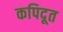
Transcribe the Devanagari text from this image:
कपिदूत